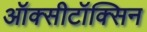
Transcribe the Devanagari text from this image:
ऑक्सीटॉक्सिन